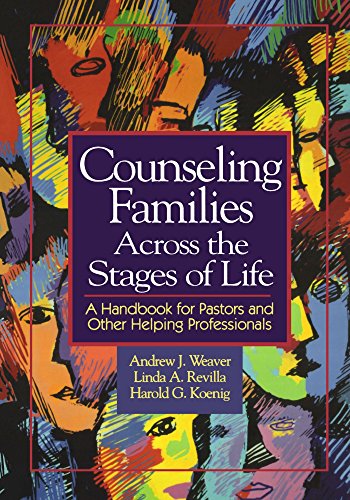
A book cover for Counseling Families Across the Stages of Life: A Handbook for Pastors and Other Helping Professionals; Andrew J. Weaver; Parenting & Relationships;